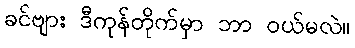
ခင်ဗျား ဒီကုန်တိုက်မှာ ဘာ ဝယ်မလဲ။